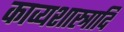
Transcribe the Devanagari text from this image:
काव्यशास्त्रादि